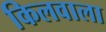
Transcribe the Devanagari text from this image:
किलवाला